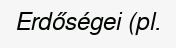
Erdőségei (pl.